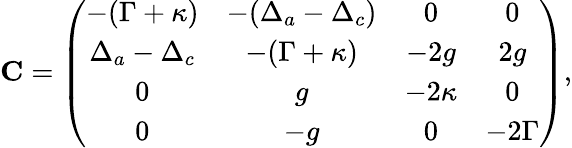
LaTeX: \mathbf{C}=\left(\begin{array}{cccc}{-(\Gamma+\kappa)}&{-(\Delta_{a}-\Delta_{c})}&{0}&{0}\\ {\Delta_{a}-\Delta_{c}}&{-(\Gamma+\kappa)}&{-2g}&{2g}\\ {0}&{g}&{-2\kappa}&{0}\\ {0}&{-g}&{0}&{-2\Gamma}\end{array}\right),